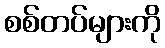
စစ်တပ်များကို